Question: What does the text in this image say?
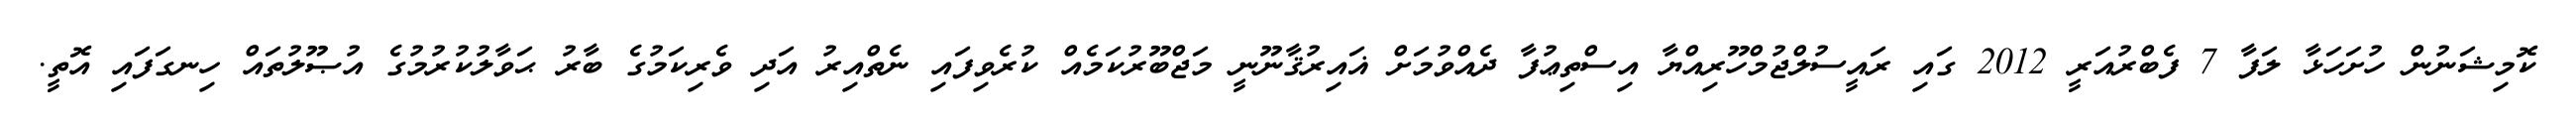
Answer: ކޮމިޝަނުން ހުށަހަޅާ ލަފާ 7 ފެބްރުއަރީ 2012 ގައި ރައީސުލްޖުމްހޫރިއްޔާ އިސްތިޢުފާ ދެއްވުމަށް ޣައިރުޤާނޫނީ މަޖްބޫރުކަމެއް ކުރެވިފައި ނެތްއިރު އަދި ވެރިކަމުގެ ބާރު ޙަވާލުކުރުމުގެ އުޞޫލުތައް ހިނގަފައި އޮތީ.